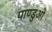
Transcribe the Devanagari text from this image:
पाण्डुओ